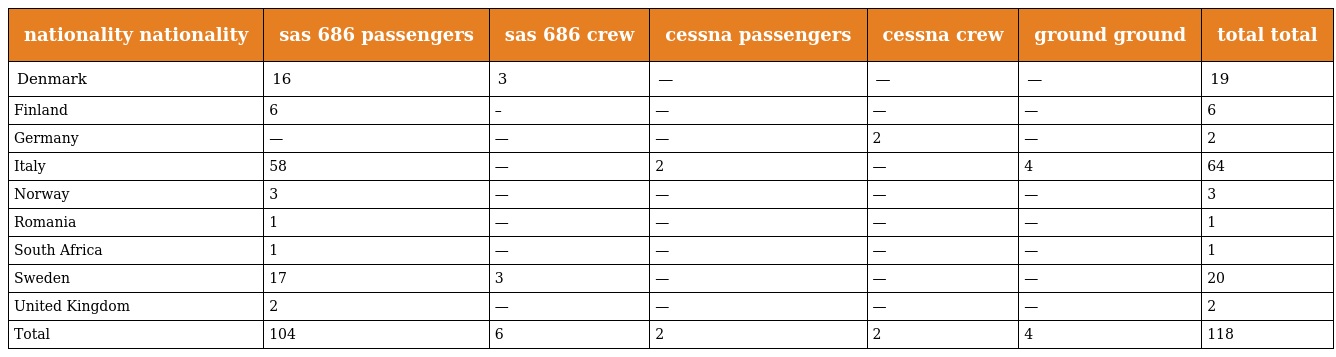
| nationality nationality | sas 686 passengers | sas 686 crew | cessna passengers | cessna crew | ground ground | total total |
 | --- | --- | --- | --- | --- | --- | --- |
 | Denmark | 16 | 3 | — | — | — | 19 |
 | Finland | 6 | – | — | — | — | 6 |
 | Germany | — | — | — | 2 | — | 2 |
 | Italy | 58 | — | 2 | — | 4 | 64 |
 | Norway | 3 | — | — | — | — | 3 |
 | Romania | 1 | — | — | — | — | 1 |
 | South Africa | 1 | — | — | — | — | 1 |
 | Sweden | 17 | 3 | — | — | — | 20 |
 | United Kingdom | 2 | — | — | — | — | 2 |
 | Total | 104 | 6 | 2 | 2 | 4 | 118 |